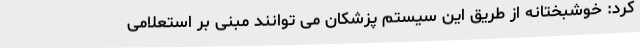
کرد: خوشبختانه از طریق این سیستم پزشکان می توانند مبنی بر استعلامی